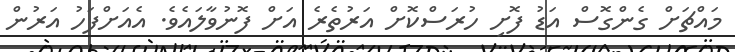
މައްޗަށް ގެންގޮސް އަޑު ފޮށި ހުރަސްކޮށް އަރުތެރެ އަށް ފޮނުވާލައެވެ. އެއަށްފަހު އަރުން